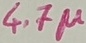
Text: 4.7µ